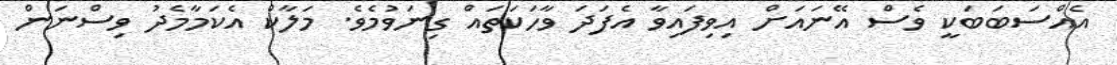
އެއްސަބަބަކީ ވެސް އޭނައަށް އިވިފައިވާ އެފަދަ ވާހަކަތައް ގިނަވުމެވެ. މަލާކް އެކަމާމެދު ވިސްނަން